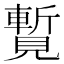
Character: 覱